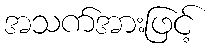
အသက်အားဖြင့်